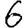
Digit: 6